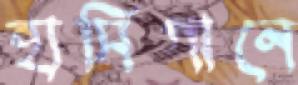
হাসিগানে